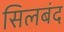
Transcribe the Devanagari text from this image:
सिलबंद